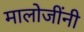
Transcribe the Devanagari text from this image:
मालोजींनी